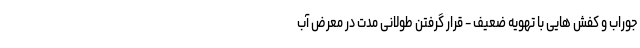
جوراب و کفش هایی با تهویه ضعیف - قرار گرفتن طولانی مدت در معرض آب